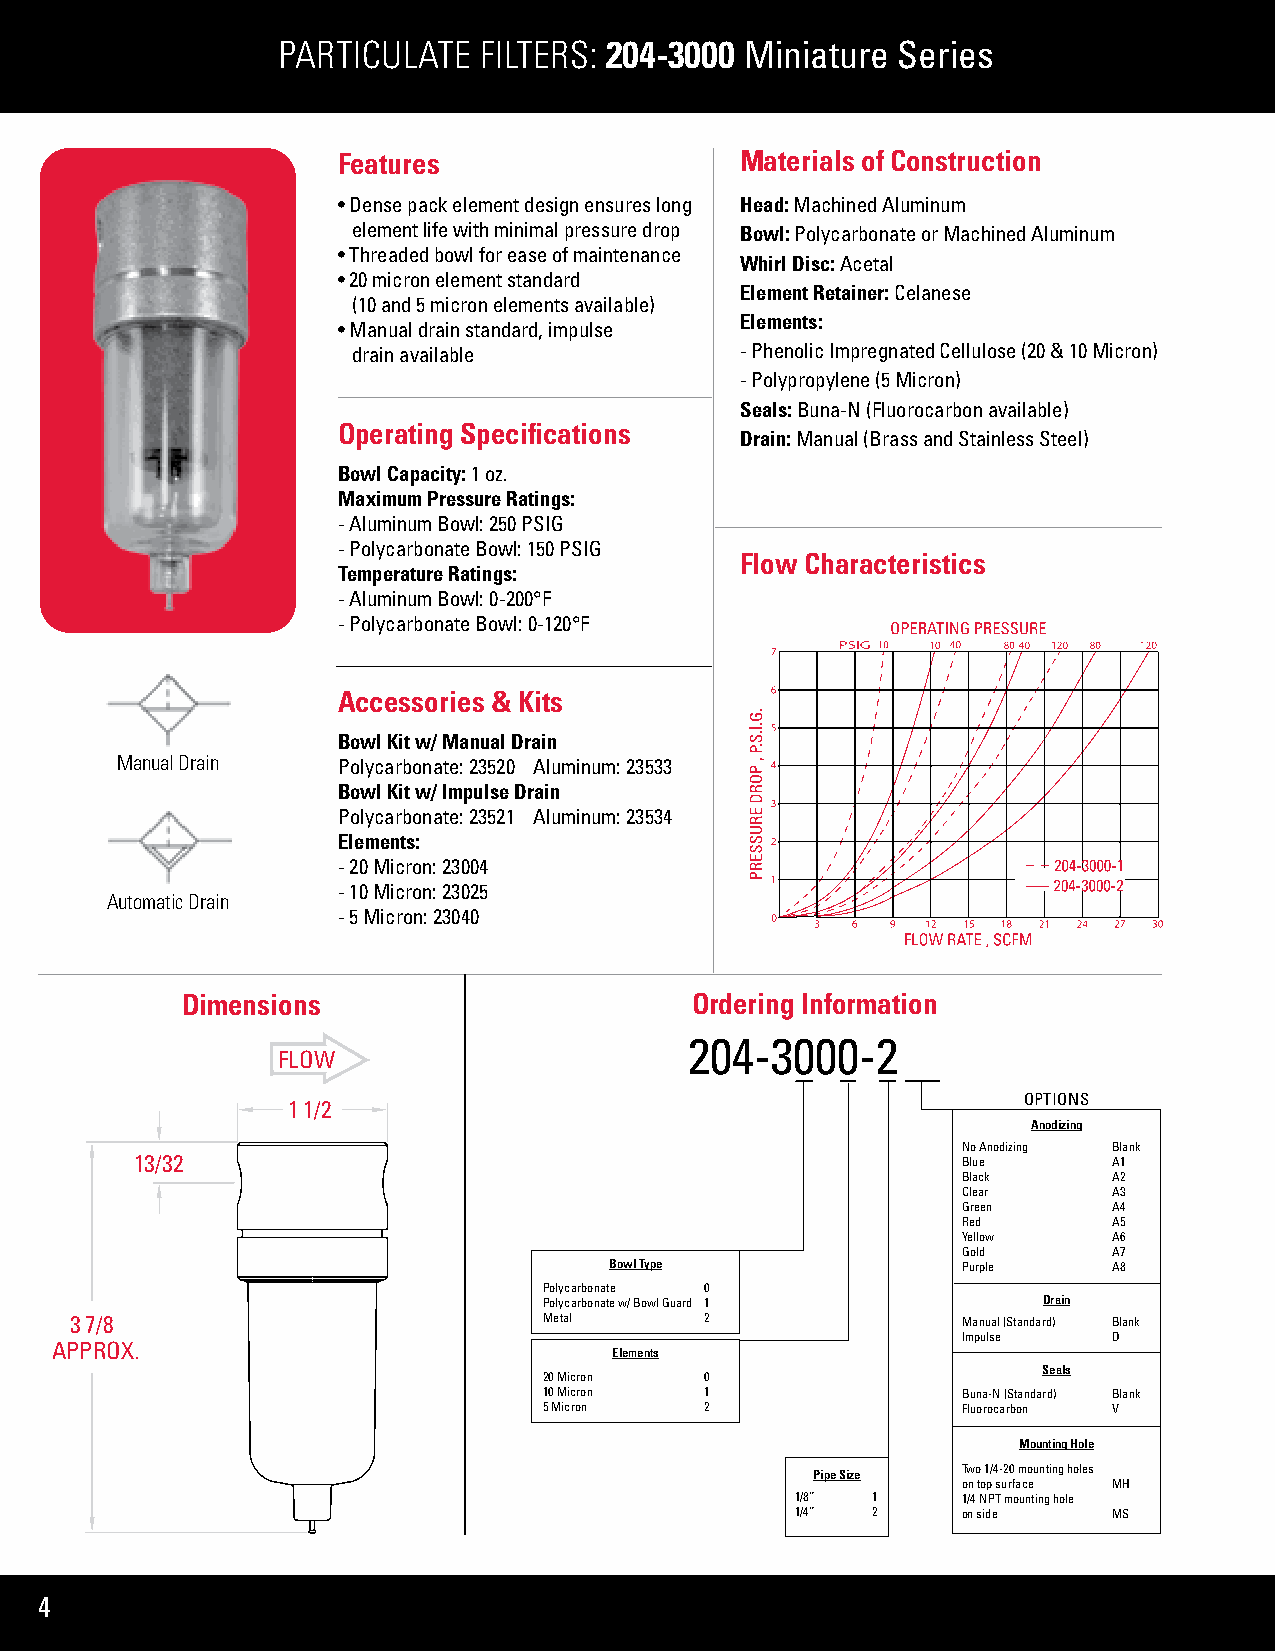
PARTICULATE   FILTERS: 204-3000 Miniature Series
 Features                   Materials of Construction
 • Dense pack element design ensures long Head: Machined Aluminum
 element life with minimal pressure drop Bowl: Polycarbonate or Machined Aluminum
 • Threaded bowl for ease of maintenance
 Whirl Disc: Acetal
 • 20 micron element standard
 Element Retainer: Celanese
 (10 and 5 micron elements available)
 Elements:
 • Manual drain standard, impulse
 drain available           - Phenolic Impregnated Cellulose (20 & 10 Micron)
 - Polypropylene (5 Micron)
 Seals: Buna-N (Fluorocarbon available)
 Operating Specifications
 Drain: Manual (Brass and Stainless Steel)
 Bowl Capacity: 1 oz.
 Maximum Pressure Ratings:
 - Aluminum Bowl: 250 PSIG
 - Polycarbonate Bowl: 150 PSIG
 Flow Characteristics
 Temperature Ratings:
 - Aluminum Bowl: 0-200°F
 - Polycarbonate Bowl: 0-120°F
 Accessories & Kits
 Bowl Kit w/ Manual Drain
 Manual Drain  Polycarbonate: 23520 Aluminum: 23533
 Bowl Kit w/ Impulse Drain
 Polycarbonate: 23521 Aluminum: 23534
 Elements:
 - 20 Micron: 23004
 - 10 Micron: 23025
 Automatic Drain
 - 5 Micron: 23040
 Dimensions                        Ordering Information
 204-3000-2
 FLOW
 OPTIONS
 1 1/2
 Anodizing
 No Anodizing Blank
 13/32                                                  Blue      A1
 Black     A2
 Clear     A3
 Green     A4
 Red       A5
 Yellow    A6
 Gold      A7
 Bowl Type               Purple    A8
 Polycarbonate 0
 Polycarbonate w/ Bowl Guard 1    Drain
 3 7/8                          Metal      2                Manual (Standard) Blank
 Impulse   D
 APPROX.
 Elements
 Seals
 20 Micron  0
 10 Micron  1                Buna-N (Standard) Blank
 5 Micron   2                Fluorocarbon V
 Mounting Hole
 Two 1/4-20 mounting holes
 Pipe Size
 on top surface MH
 1/8” 1     1/4 NPT mounting hole
 1/4” 2     on side   MS
 4